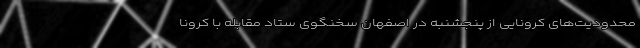
محدودیت‌های کرونایی از پنجشنبه در اصفهان سخنگوی ستاد مقابله با کرونا